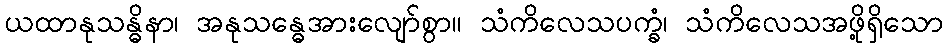
ယထာနုသန္ဓိနာ၊ အနုသန္ဓေအားလျော်စွာ။ သံကိလေသပက္ခံ၊ သံကိလေသအဖို့ရှိသော